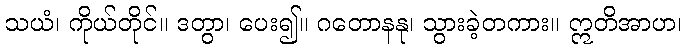
သယံ၊ ကိုယ်တိုင်။ ဒတွာ၊ ပေး၍။ ဂတောနနု၊ သွားခဲ့တကား။ ဣတိအာဟ၊